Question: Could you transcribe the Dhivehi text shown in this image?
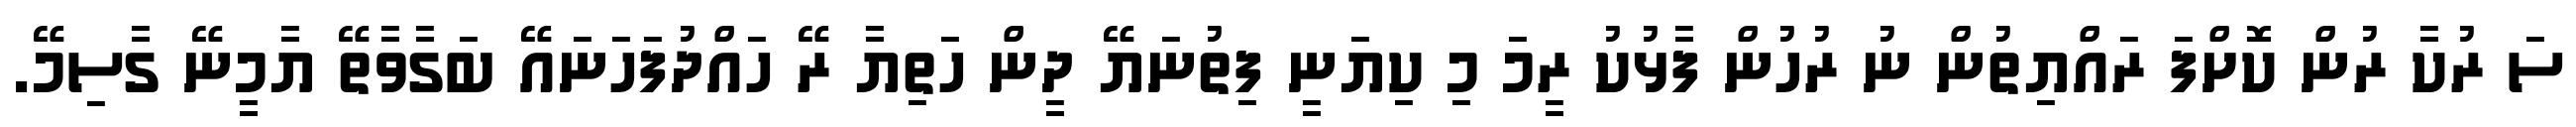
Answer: ސަ ރުކާ ރުން ކޮށްފަ ރައްޔިތުން ނު ރުހުން ފާޅުކު ރީމަ މި ކިޔަނީ ފިތުނަޔޭ ދީން ހަތިޔާ ރޭ ހައްދުފަހަނައޭ ބަގާވާތޭ ޔާމީނޭ ގާސިމޭ.